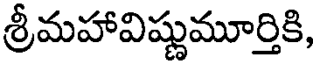
శ్రీమహావిష్ణుమూర్తికి,